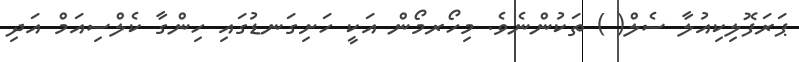
ޕަރަފޮލިކިއުލާ ސެލް( ) ތަކުންނެވެ. މިހޯރމޯން އަކީ ހަށިގަނޑުގައި ހިންގާ ކެލްސިއަމް އަދި